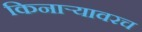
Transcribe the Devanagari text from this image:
किनाऱ्यावरच